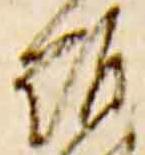
難